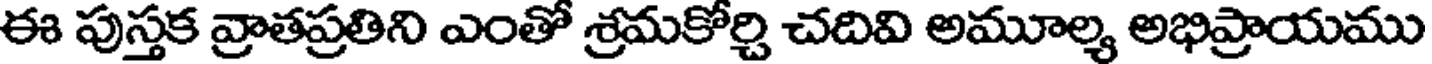
ఈ పుస్తక వ్రాతప్రతిని ఎంతో శ్రమకోర్చి చదివి అమూల్య అభిప్రాయము